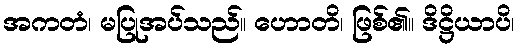
အကတံ၊ မပြုအပ်သည်။ ဟောတိ၊ ဖြစ်၏။ ဒိဋ္ဌိယာပိ၊